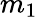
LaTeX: m_{1}